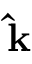
\mathbf { \hat { k } }